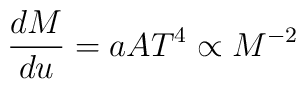
\frac {dM} {du}=aAT^4\propto M^{-2}